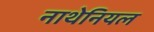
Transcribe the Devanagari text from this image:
नाथेनियल